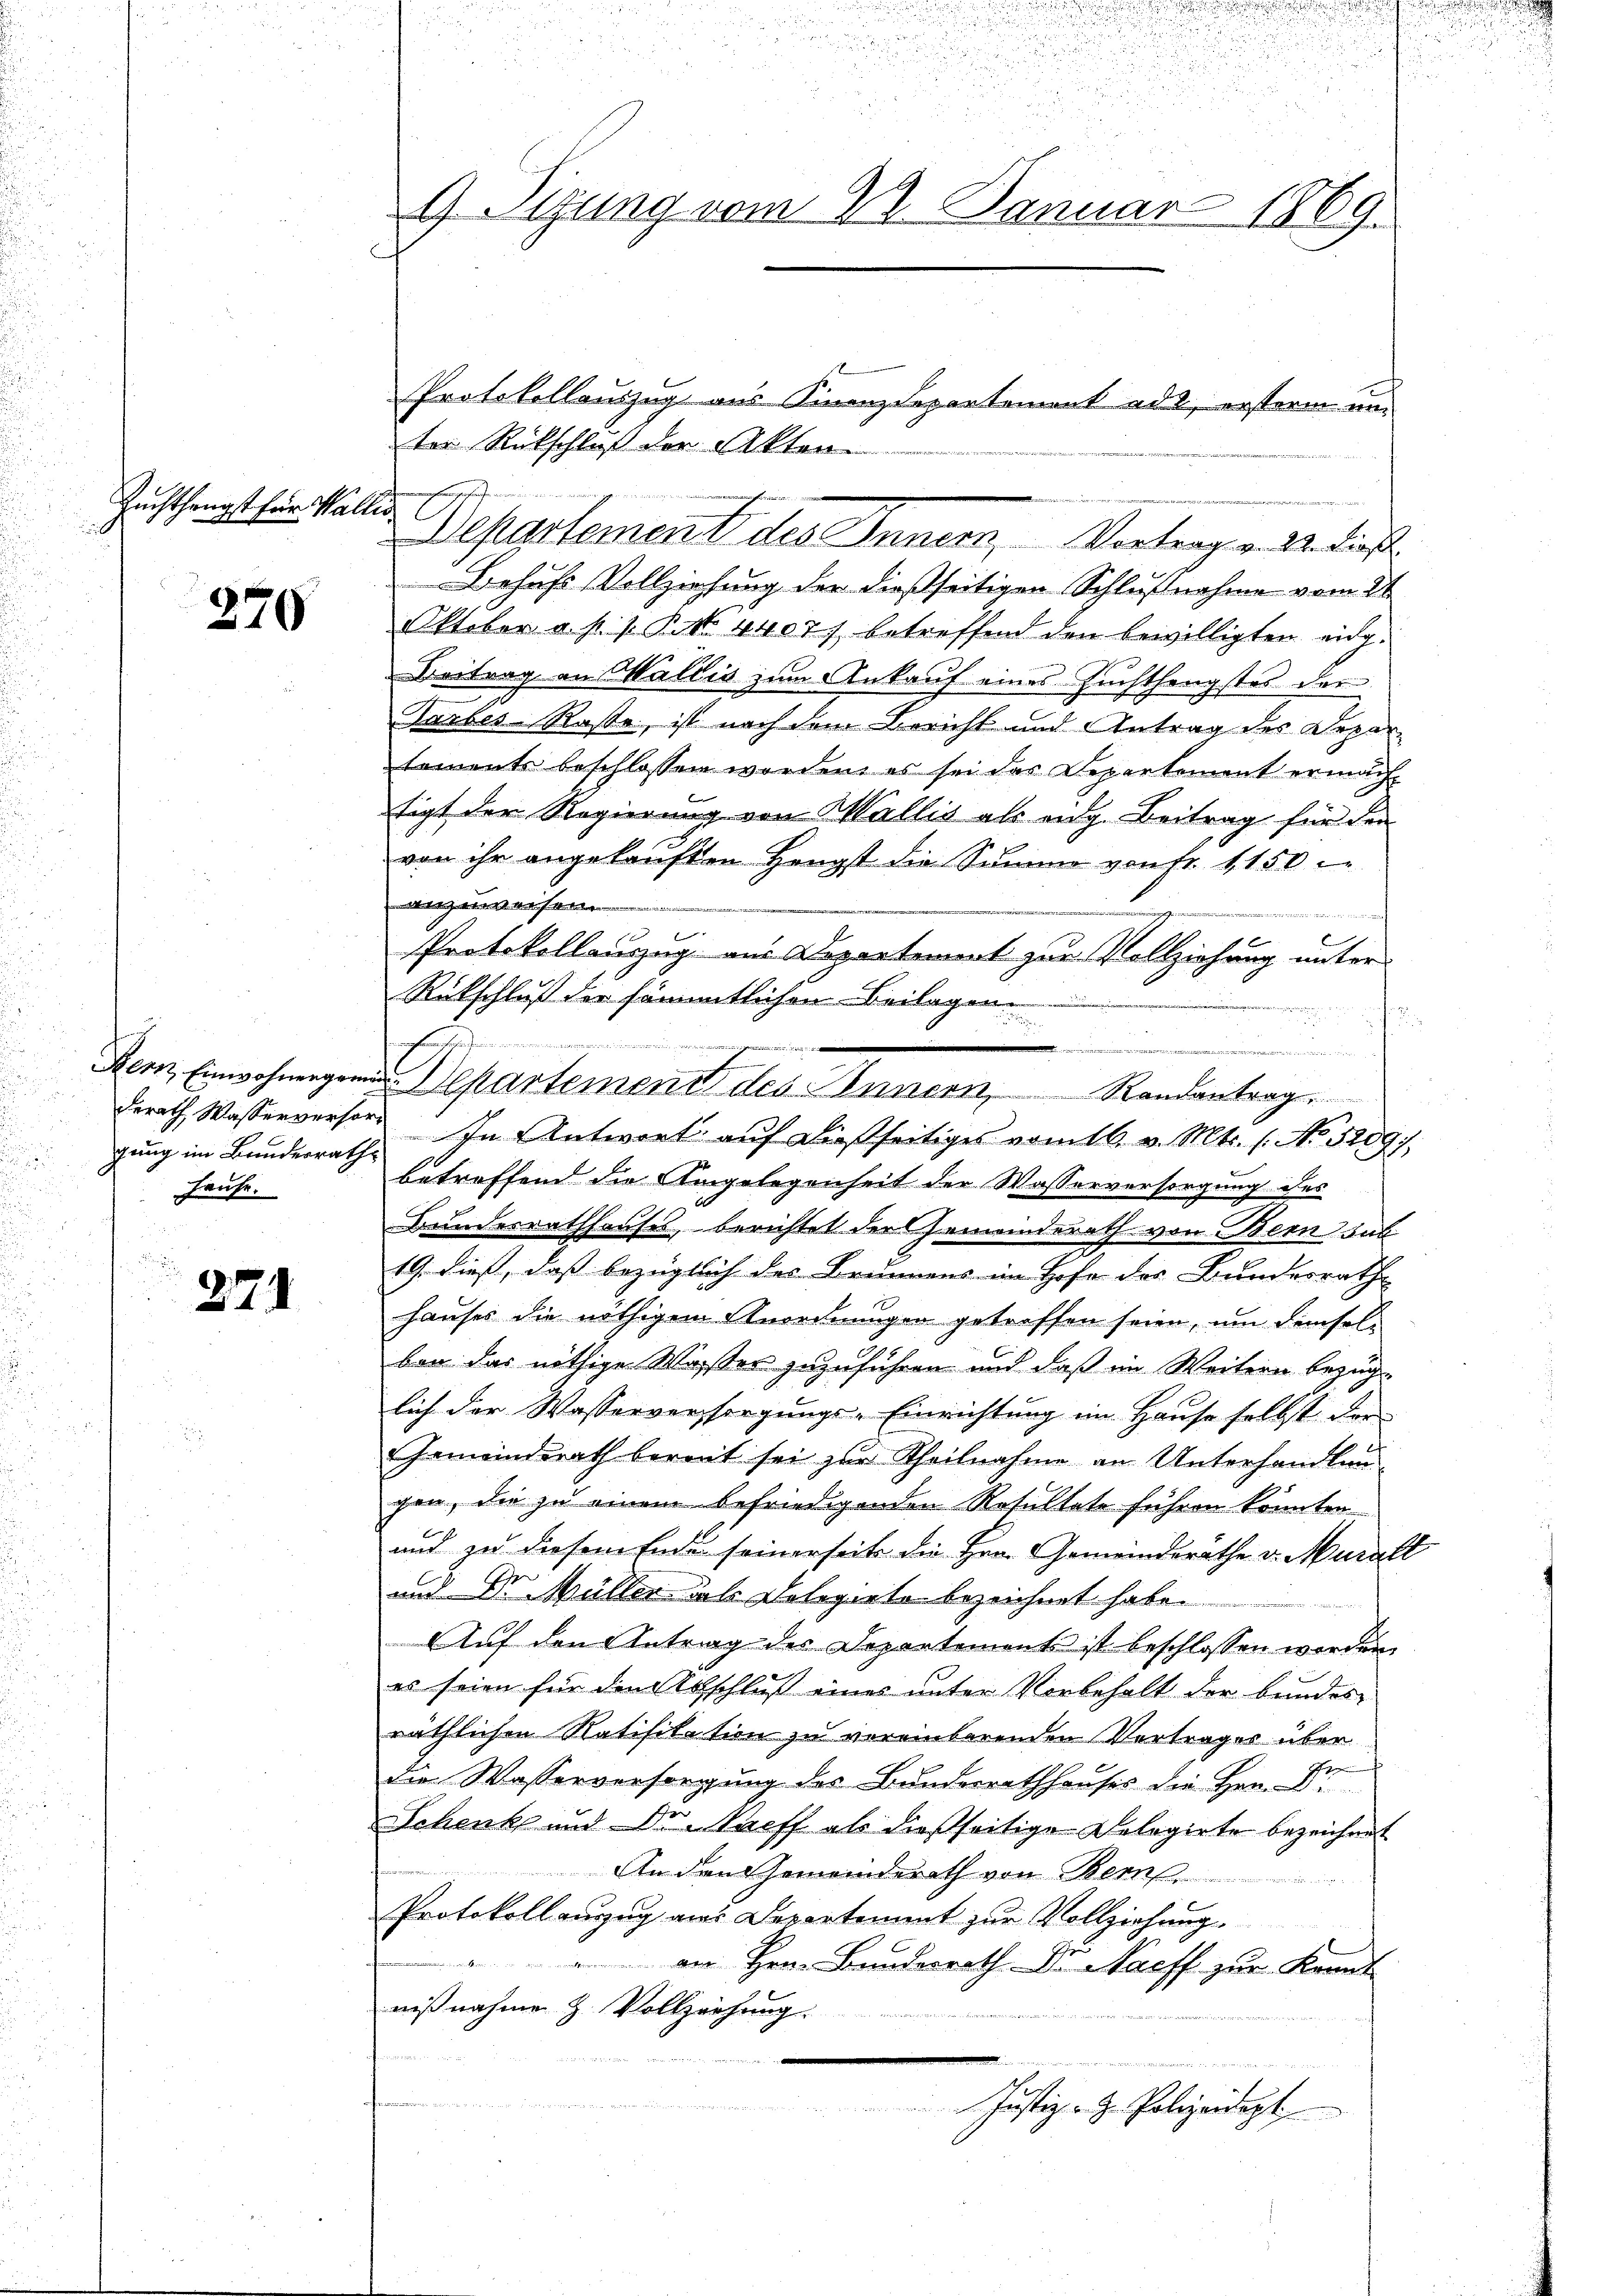
Zuchthengst für Wallis

270

Bern, Einwohnergrei
derath Wasserversor
gung im Bundesrath
Hause.

271

G Sgung vom 22. Januar 1869.

ter Rückschloß der Akten
Behufs Vollziehung der dießseitigen Schlußnahme vom 21.
Oktober a. p. 1. P. Nr. 4407) betreffend den bewilligten eidg.
Beitrag an Wallis zum Ankauf eines Zuchthengstes der
Tarbes-Koste, ist nach dem Bericht und Antrag des Departaments beschlossen worden, es sei das Departement ermächt
tigt der Regierung von Wallis als eidg. Beitrag für den
von ihr angekauften Hengst die Summe von Fr. 1150
witzenverson
2
Protokollauszug aus Departement zur Vollziehung unter
Rückschluß der sämmtlichen Beilagen
.
hhe
In Antwort auf dießseitiges vom 16. v. Mts. 1. No. 52097
betreffend die Eingelegenheit der Wasserversorgung des
Bundesrathhauses, berichtet der Gemeinderath von Bern sub
19. dieß, daß bezüglich des Brunnens im Hofe des Bundesrath
hauses die nöthigem Anordnungen getroffen seien, um demselben das nöthige Wasser zuzuführen und daß im Weitern bezug
lich der Wasserversorgungs-Einrichtung im Hause selbst der
Gemeinderath bereit sei zur Theilnahme an Unterhandlun
gen, die zu einem befriedigenden Resultate führen könnten
und zu diesem Ende seinerseits die Hrn. Gemeindsrathe v. Muralt
und Dr. Müller das Delegiete bezeichnet habe.
Aŭf den Antrag der Departement ist beschlossen worden
es seien für den Abschluß eines unter Vorbehalt der bundes-
räthlichen Ratifikation zu vereinbarenden Vertrages über
F
die Wasserversorgung des Bunderrathhauses die Hrn. Di
Schenke und Dr Staff als dießseitige Delegirte bezeichnet
An den Gemeinderath von Bem
Protokoll auszug aus Departement zur Vollziehung.
z
in
 am Herr Bundesrath D. Nacff zur Kennt
nißnahme H. Vollziehung.
Justiz- & Polizeidigt

Departement des Innern, Vortrag v. 2. dieß

Protokollauszug aus Finanzdepartement ad 2, erstern un¬

.
Departement des Innern, Randantrag

.